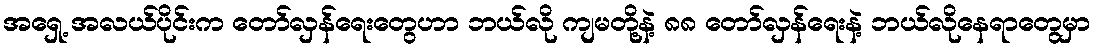
အရှေ့ အလယ်ပိုင်းက တော်လှန်ရေးတွေဟာ ဘယ်လို ကျမတို့နဲ့ ၈၈ တော်လှန်ရေးနဲ့ ဘယ်လိုနေရာတွေမှာ